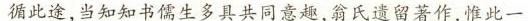
循此途，当知知书儒生多具共同意趣，翁氏遗留著作，惟此一